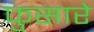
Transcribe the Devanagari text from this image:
फुसारे